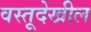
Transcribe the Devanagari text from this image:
वस्तूदेखील